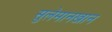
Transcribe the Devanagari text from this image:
सुलेमानखान